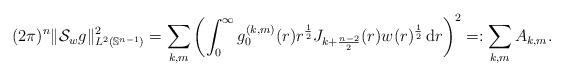
LaTeX: \begin{align*}(2\pi)^n\|\mathcal{S}_wg\|_{L^2(\mathbb{S}^{n-1})}^2=\sum_{k,m}\left(\int_0^\infty g_0^{(k,m)}(r)r^{\frac{1}{2}}J_{k+\frac{n-2}{2}}(r)w(r)^{\frac{1}{2}}\,\mathrm{d}r\right)^2=:\sum_{k,m}A_{k,m}.\end{align*}